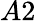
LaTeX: A2